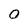
Character: O